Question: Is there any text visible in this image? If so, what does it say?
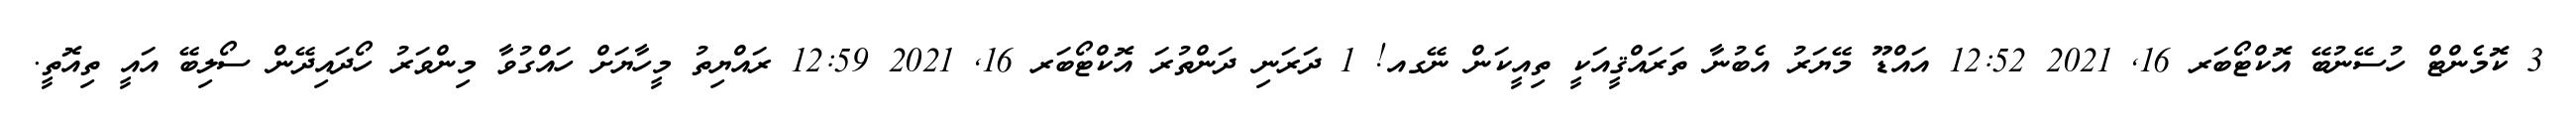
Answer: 3 ކޮމެންޓް ހުސޭނުބޭ އޮކްޓޯބަރ 16, 2021 12:52 އައްޑޫ މޭޔަރު އެބުނާ ތަރައްޤީއަކީ ތިއީކަން ނޭގއ! 1 ދަރަނި ދަންތުރަ އޮކްޓޯބަރ 16, 2021 12:59 ރައްޔިތު މީހާޔަށް ހައްގުވާ މިންވަރު ހޯދައިދޭން ސޯލިބޭ އައީ ތިއޮތީ.